Civil Veterinary Dept. Bombay admin report 1923-31 - 1923-1931
Year: 1923
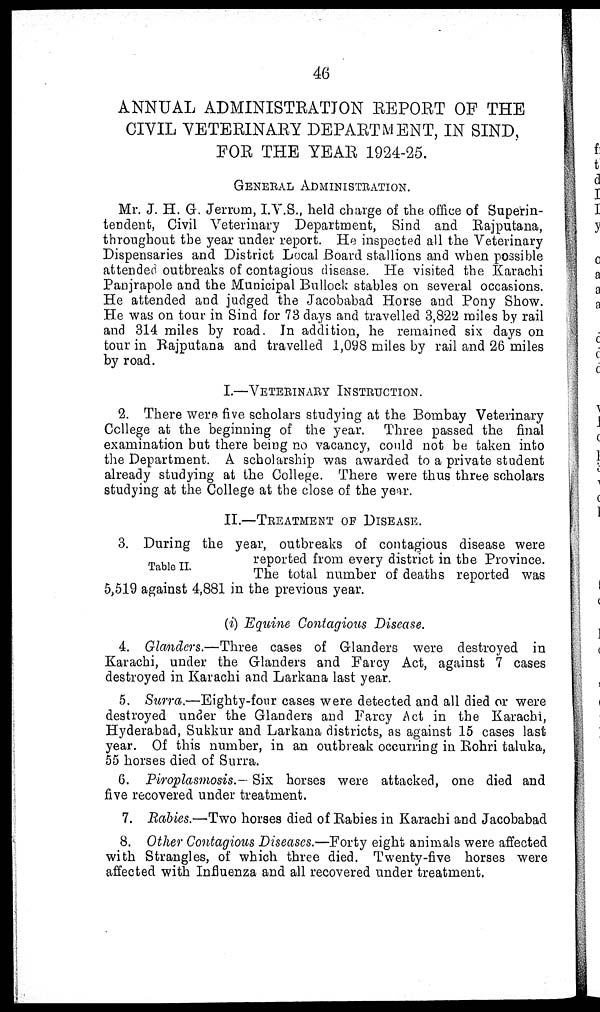
46
ANNUAL ADMINISTRATION REPORT OF THE
CIVIL VETERINARY DEPARTMENT, IN SIND,
FOE THE YEAR 1924-25.
GENERAL ADMINISTRATION.
Mr. J. H. G. Jerrom, I.V.S., held charge of the office of Superin-
tendent, Civil Veterinary Department, Sind and Rajputana,
throughout the year under report. He inspected all the Veterinary
Dispensaries and District Local Board stallions and when possible
attended outbreaks of contagious disease. He visited the Karachi
Panjrapole and the Municipal Bullock stables on several occasions.
He attended and judged the Jacobabad Horse and Pony Show.
He was on tour in Sind for 73 days and travelled 3,822 miles by rail
and 314 miles by road. In addition, he remained six days on
tour in Rajputana and travelled 1,098 miles by rail and 26 miles
by road.
I.—VETERINARY INSTRUCTION.
2. There were five scholars studying at the Bombay Veterinary
College at the beginning of the year. Three passed the final
examination but there being no vacancy, could not be taken into
the Department. A scholarship was awarded to a private student
already studying at the College. There were thus three scholars
studying at the College at the close of the year.
II.—TREATMENT OF DISEASE.
Table II.
3. During the year, outbreaks of contagious disease were
reported from every district in the Province.
The total number of deaths reported was
5,519 against 4,881 in the previous year.
(i) Equine Contagious Disease.
4. Glanders.—Three cases of Glanders were destroyed in
Karachi, under the Glanders and Farcy Act, against 7 cases
destroyed in Karachi and Larkana last year.
5. Surra.—Eighty-four cases were detected and all died or were
destroyed under the Glanders and Farcy Act in the Karachi,
Hyderabad, Sukkur and Larkana districts, as against 15 cases last
year. Of this number, in an outbreak occurring in Rohri taluka,
55 horses died of Surra.
6. Piroplasmosis.— Six horses were attacked, one died and
five recovered under treatment.
7. Rabies.—Two horses died of Rabies in Karachi and Jacobabad
8. Other Contagious Diseases.—Forty eight animals were affected
with Strangles, of which three died. Twenty-five horses were
affected with Influenza and all recovered under treatment.